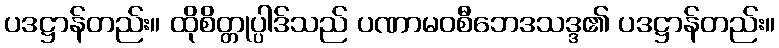
ပဒဋ္ဌာန်တည်း။ ထိုစိတ္တုပ္ပါဒ်သည် ပဏာမဝစီဘေဒသဒ္ဒ၏ ပဒဋ္ဌာန်တည်း။